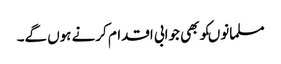
مسلمانوںکوبھی جوابی اقدام کرنے ہوں گے۔